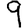
Digit: 9